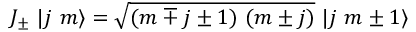
J _ { \pm } \ | j \ m \rangle = \sqrt { ( m \mp j \pm 1 ) \ ( m \pm j ) } \ | j \ m \pm 1 \rangle